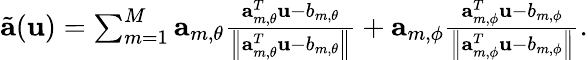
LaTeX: \begin{array}{r}{\tilde{\mathbf{a}}(\mathbf{u})=\sum_{m=1}^{M}\mathbf{a}_{m,\theta}\frac{\mathbf{a}_{m,\theta}^{T}\mathbf{\mathbf{u}}-b_{m,\theta}}{\left\| \mathbf{a}_{m,\theta}^{T}\mathbf{\mathbf{u}}-b_{m,\theta}\right\| }+\mathbf{a}_{m,\phi}\frac{\mathbf{a}_{m,\phi}^{T}\mathbf{\mathbf{u}}-b_{m,\phi}}{\left\| \mathbf{a}_{m,\phi}^{T}\mathbf{\mathbf{u}}-b_{m,\phi}\right\| }.}\end{array}